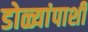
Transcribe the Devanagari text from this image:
डोळ्यांपाशी